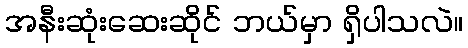
အနီးဆုံးဆေးဆိုင် ဘယ်မှာ ရှိပါသလဲ။